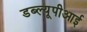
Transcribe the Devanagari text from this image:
डब्ल्यूपीआई